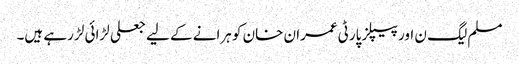
مسلم لیگ ن اور پیپلز پارٹی عمران خان کو ہرانے کے لیے جعلی لڑائی لڑ رہے ہیں۔